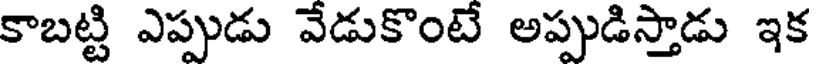
కాబట్టి ఎప్పుడు వేడుకొంటే అప్పుడిస్తాడు ఇక